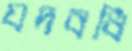
যদবধি